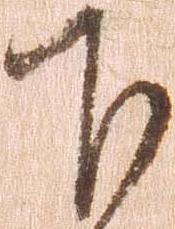
下